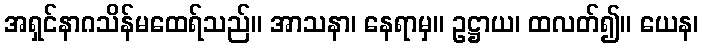
အရှင်နာဂသိန်မထေရ်သည်။ အာသနာ၊ နေရာမှ။ ဥဋ္ဌာယ၊ ထလတ်၍။ ယေန၊